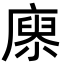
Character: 𢊻